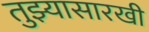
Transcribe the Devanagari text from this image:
तुझ्यासारखी